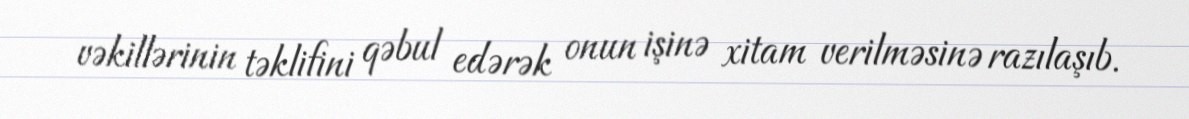
vəkillərinin təklifini qəbul edərək onun işinə xitam verilməsinə razılaşıb.